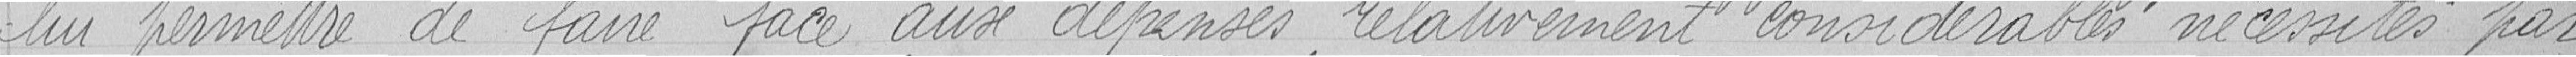
lui permettre de faire face aux dépenses relativement considérables nécessitées par